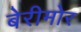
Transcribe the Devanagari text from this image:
बेरीमोर